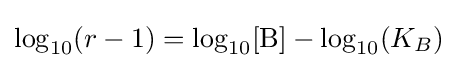
\log _{10}(r-1)=\log _{10}[{\ce {B}}]-\log _{10}(K_{B})